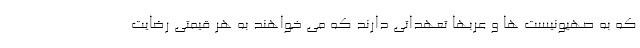
که به صهیونیست ها و عربها تعهداتی دارند که می خواهند به هر قیمتی رضایت